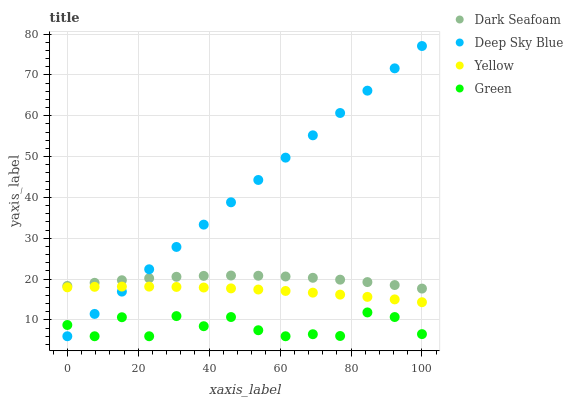
| xaxis_label | Dark Seafoam | Deep Sky Blue | Yellow | Green |
 | --- | --- | --- | --- | --- |
 | 0 | 18.3 | 6 | 18 | 8.75 |
 | 7.69 | 19.1 | 11.5 | 18.1 | 6 |
 | 15.4 | 19.7 | 16.9 | 18.2 | 10.7 |
 | 23.1 | 20.2 | 22.4 | 18.2 | 6 |
 | 30.8 | 20.6 | 27.9 | 18.1 | 10.9 |
 | 38.5 | 20.8 | 33.3 | 17.9 | 8.46 |
 | 46.2 | 20.9 | 38.8 | 17.7 | 10.7 |
 | 53.8 | 20.8 | 44.3 | 17.4 | 7.47 |
 | 61.5 | 20.6 | 49.7 | 17.1 | 6 |
 | 69.2 | 20.3 | 55.2 | 16.7 | 6.5 |
 | 76.9 | 19.9 | 60.7 | 16.2 | 6.07 |
 | 84.6 | 19.3 | 66.1 | 15.6 | 11.8 |
 | 92.3 | 18.5 | 71.6 | 15 | 10.7 |
 | 100 | 17.7 | 77.1 | 14.3 | 6.52 |